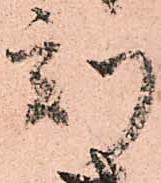
刻